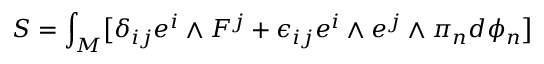
S = \int _ { M } \bigl [ \delta _ { i j } e ^ { i } \wedge F ^ { j } + \epsilon _ { i j } e ^ { i } \wedge e ^ { j } \wedge \pi _ { n } d \phi _ { n } \bigr ]